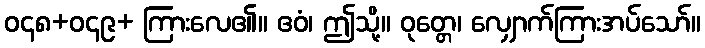
ဝ၄၈+ဝ၄၉+ ကြားလေ၏။ ဧဝံ၊ ဤသို့။ ဝုတ္တေ၊ လျှောက်ကြားအပ်သော်။